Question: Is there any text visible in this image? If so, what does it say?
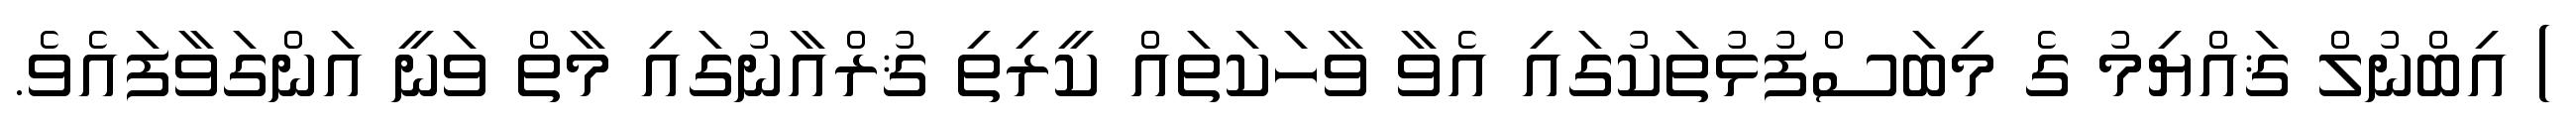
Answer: ) އިބްނުލް ޤައްޔިމު ގެ މިބަސްފުޅުތަކުގައި އެވާ ވާހަކަތައް ކީރިތި ޤުރްއާނުގައި މާތް ވަނީ އަންގަވާފައެވެ.